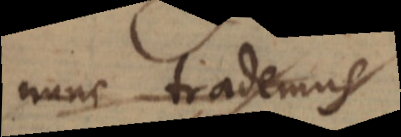
nunc trademus